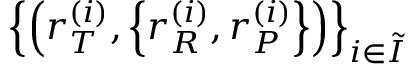
\left\{ \left( r _ { T } ^ { \left( i \right) } , \left\{ r _ { R } ^ { \left( i \right) } , r _ { P } ^ { \left( i \right) } \right\} \right) \right\} _ { i \in \tilde { I } }